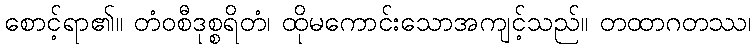
စောင့်ရာ၏။ တံဝစီဒုစ္စရိတံ၊ ထိုမကောင်းသောအကျင့်သည်။ တထာဂတဿ၊